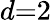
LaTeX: d{=}2